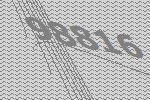
98816